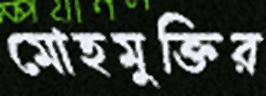
মোহমুক্তির